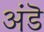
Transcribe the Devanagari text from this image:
अंडॆ